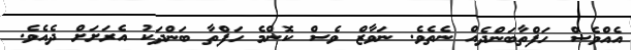
އެއްވެސް ހަފްތާބަންދެއް ނެތެވެ. ނަވާޒް ވެސް ކޮންމެ ހަފްތާ ބަންދަކު އެރަށަށް ދެއެވެ.